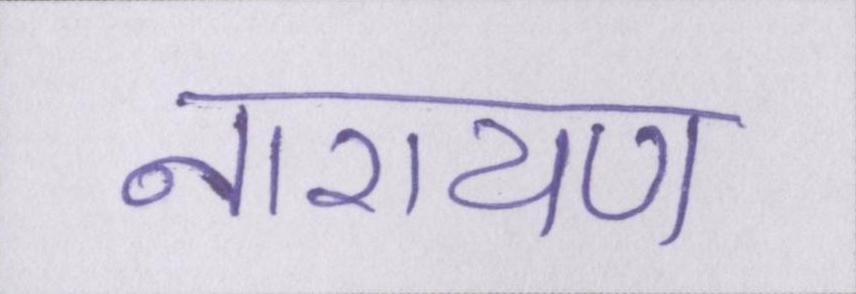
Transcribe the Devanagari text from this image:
नारायण